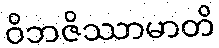
ဝိဘဇိဿာမာတိ